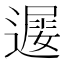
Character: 𨖔